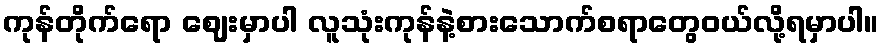
ကုန်တိုက်ရော ဈေးမှာပါ လူသုံးကုန်နဲ့စားသောက်စရာတွေဝယ်လို့ရမှာပါ။